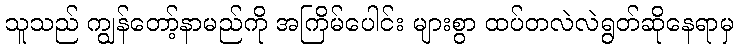
သူသည် ကျွန်တော့်နာမည်ကို အကြိမ်ပေါင်း များစွာ ထပ်တလဲလဲရွတ်ဆိုနေရာမှ